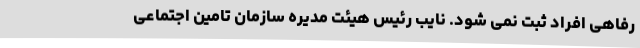
رفاهی افراد ثبت نمی شود. نایب رئیس هیئت مدیره سازمان تامین اجتماعی